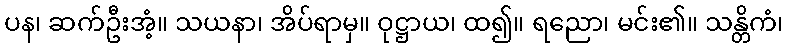
ပန၊ ဆက်ဦးအံ့။ သယနာ၊ အိပ်ရာမှ။ ဝုဋ္ဌာယ၊ ထ၍။ ရညော၊ မင်း၏။ သန္တိကံ၊